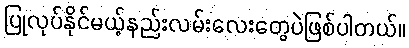
ပြုလုပ်နိုင်မယ့်နည်းလမ်းလေးတွေပဲဖြစ်ပါတယ်။